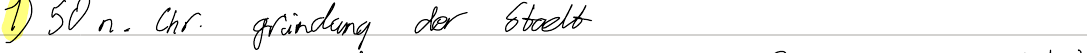
1) 50 n. Chr. gründung der Stadt